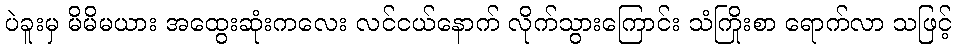
ပဲခူးမှ မိမိမယား အထွေးဆုံးကလေး လင်ငယ်နောက် လိုက်သွားကြောင်း သံကြိုးစာ ရောက်လာ သဖြင့်